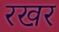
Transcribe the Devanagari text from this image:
रखर